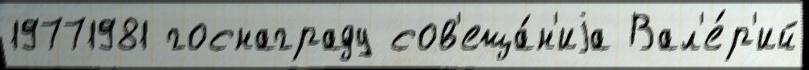
19771981 госнаграду сов'еща́н'иjа Вал'е́р'ий